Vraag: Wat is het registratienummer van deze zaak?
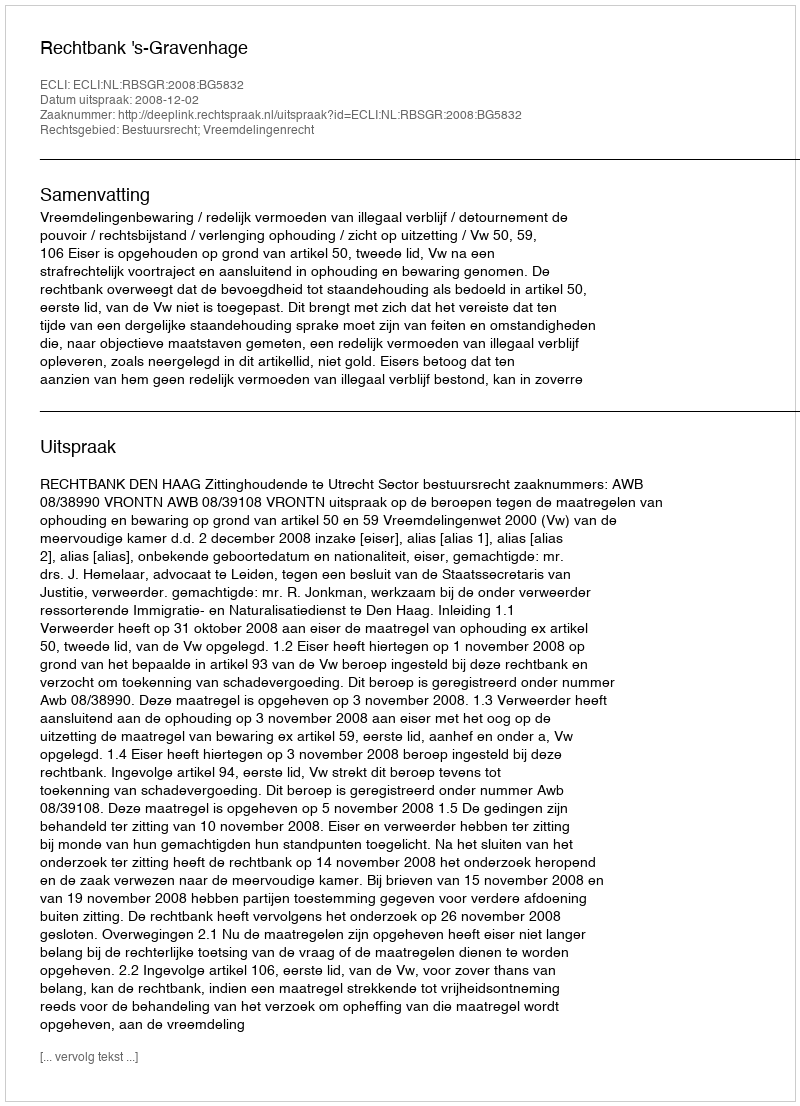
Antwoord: http://deeplink.rechtspraak.nl/uitspraak?id=ECLI:NL:RBSGR:2008:BG5832